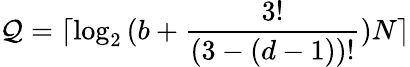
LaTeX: \mathcal{Q}=\lceil\log_{2}{(b+\frac{{3!}}{{(3-(d-1))!}})N}\rceil